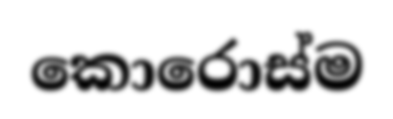
කොරොස්ම